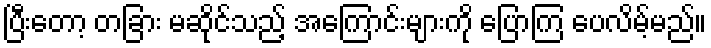
ပြီးတော့ တခြား မဆိုင်သည့် အကြောင်းများကို ပြောကြ ပေလိမ့်မည်။